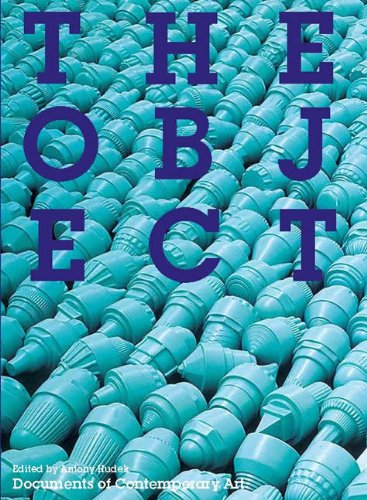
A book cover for The Object (Whitechapel: Documents of Contemporary Art); Politics & Social Sciences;